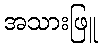
အသားဖြူ